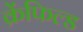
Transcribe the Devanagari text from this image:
क्रेंफिल्ड